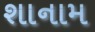
શાનામ